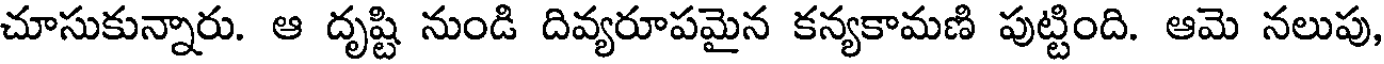
చూసుకున్నారు. ఆ దృష్టి నుండి దివ్యరూపమైన కన్యకామణి పుట్టింది. ఆమె నలుపు,